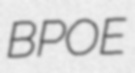
BPOE